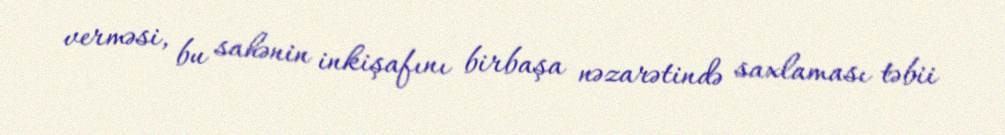
verməsi, bu sahənin inkişafını birbaşa nəzarətində saxlaması təbii